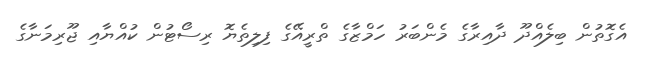
އެގޮތުން ބިލެއްދޫ ދާއިރާގެ މެންބަރު ހަމްޒާގެ ތްރީއޭގެ ފިލިތެޔޮ ރިސޯޓުން ކުއްޔާއި ޖޫރިމަނާގެ